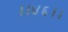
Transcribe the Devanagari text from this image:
।।४६।।